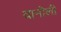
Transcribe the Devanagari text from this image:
वानोली